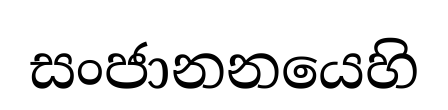
සංජානනයෙහි